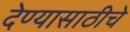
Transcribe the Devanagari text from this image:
देण्यासाठीचे